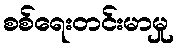
စစ်ရေးတင်းမာမှု